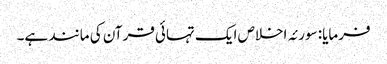
فرمایا: سورئہ اخلاص ایک تہائی قرآن کی مانند ہے۔